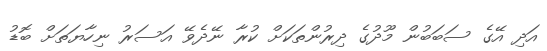
އަދި އޭގެ ސަބަބުން މޫދުގެ ދިރުންތަކަށް ކުރާ ނޭދެވޭ އަސަރު ނިހާޔަތަށް ބޮޑު